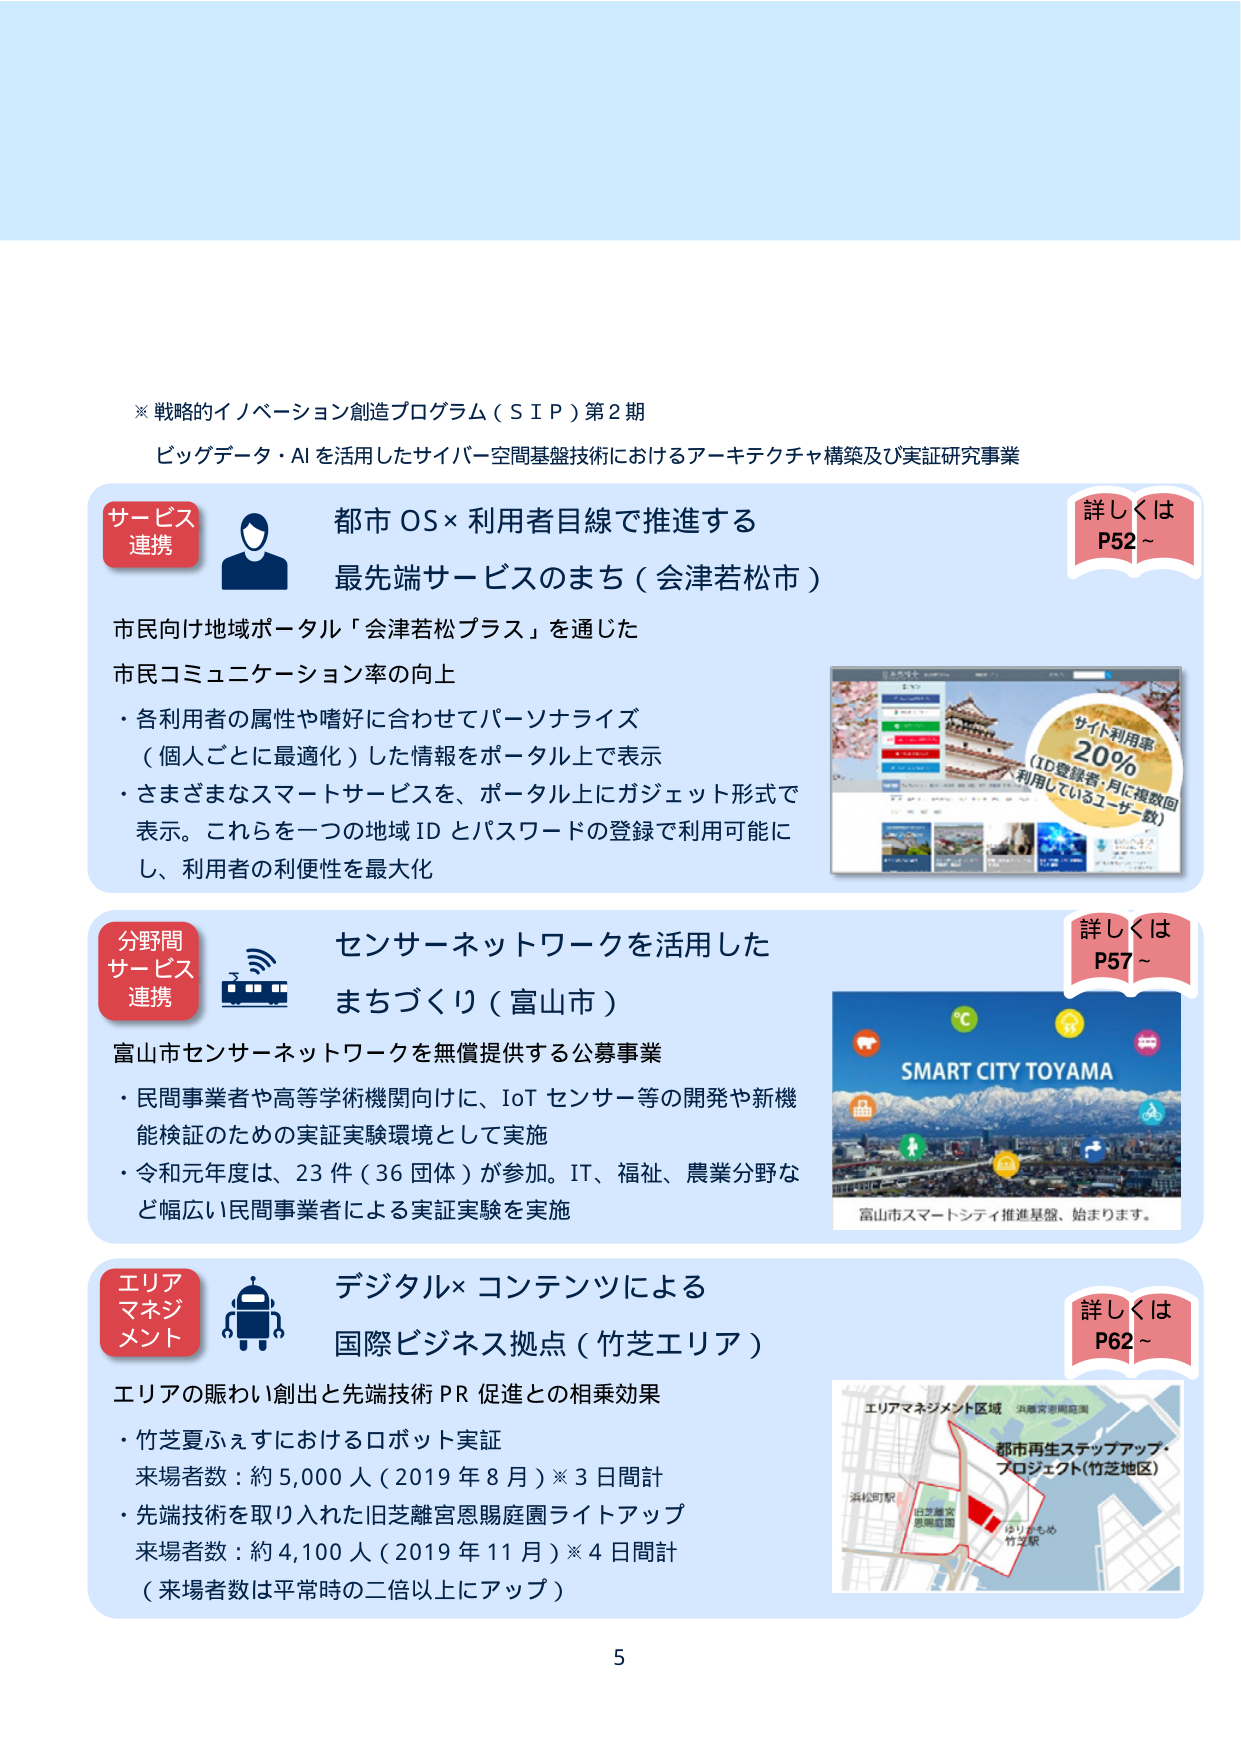
※戦略的イノベーション創造プログラム（ＳＩＰ）第２期
ビッグデータ・AIを活用したサイバー空間基盤技術におけるアーキテクチャ構築及び実証研究事業

サービス連携
都市OS×利用者目線で推進する
最先端サービスのまち（会津若松市）
市民向け地域ポータル「会津若松プラス」を通じた
市民コミュニケーション率の向上
・各利用者の属性や嗜好に合わせてパーソナライズ
（個人ごとに最適化）した情報をポータル上で表示
・さまざまなスマートサービスを、ポータル上にガジェット形式で
表示。これらを一つの地域IDとパスワードの登録で利用可能に
し、利用者の利便性を最大化

詳しくは
P52～

サイト利用率
20%
（ID登録者・月に複数回
利用しているユーザー数）

分野間サービス連携
センサーネットワークを活用した
まちづくり（富山市）
富山市センサーネットワークを無償提供する公募事業
・民間事業者や高等学術機関向けに、IoTセンサー等の開発や新機能検証のための実証実験環境として実施
・令和元年度は、23件（36団体）が参加。IT、福祉、農業分野など幅広い民間事業者による実証実験を実施

SMART CITY TOYAMA
富山市スマートシティ推進基盤、始まります。

詳しくは
P57～

エリアマネジメント
デジタル×コンテンツによる
国際ビジネス拠点（竹芝エリア）
エリアの賑わい創出と先端技術PR促進との相乗効果
・竹芝夏ふぇすにおけるロボット実証
来場者数：約5,000人（2019年8月）※3日間計
・先端技術を取り入れた旧芝離宮恩賜庭園ライトアップ
来場者数：約4,100人（2019年11月）※4日間計
（来場者数は平常時の二倍以上にアップ）

エリアマネジメント区域
都市再生ステップアップ・
プロジェクト（竹芝地区）
浜松町駅
旧芝離宮
恩賜庭園
はりまや橋
竹芝駅

詳しくは
P62～

5